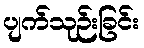
ပျက်သုဉ်းခြင်း